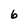
Character: 6